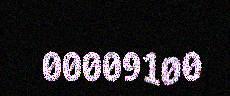
00009100